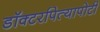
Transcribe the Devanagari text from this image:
डॉक्टरपित्यापोटी